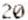
20